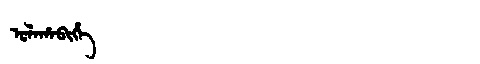
Manchu: ᡠᠯᠠᡥᠠᠪᡳᡥᡝ
Romanization: ULAHABIHE